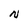
Character: N